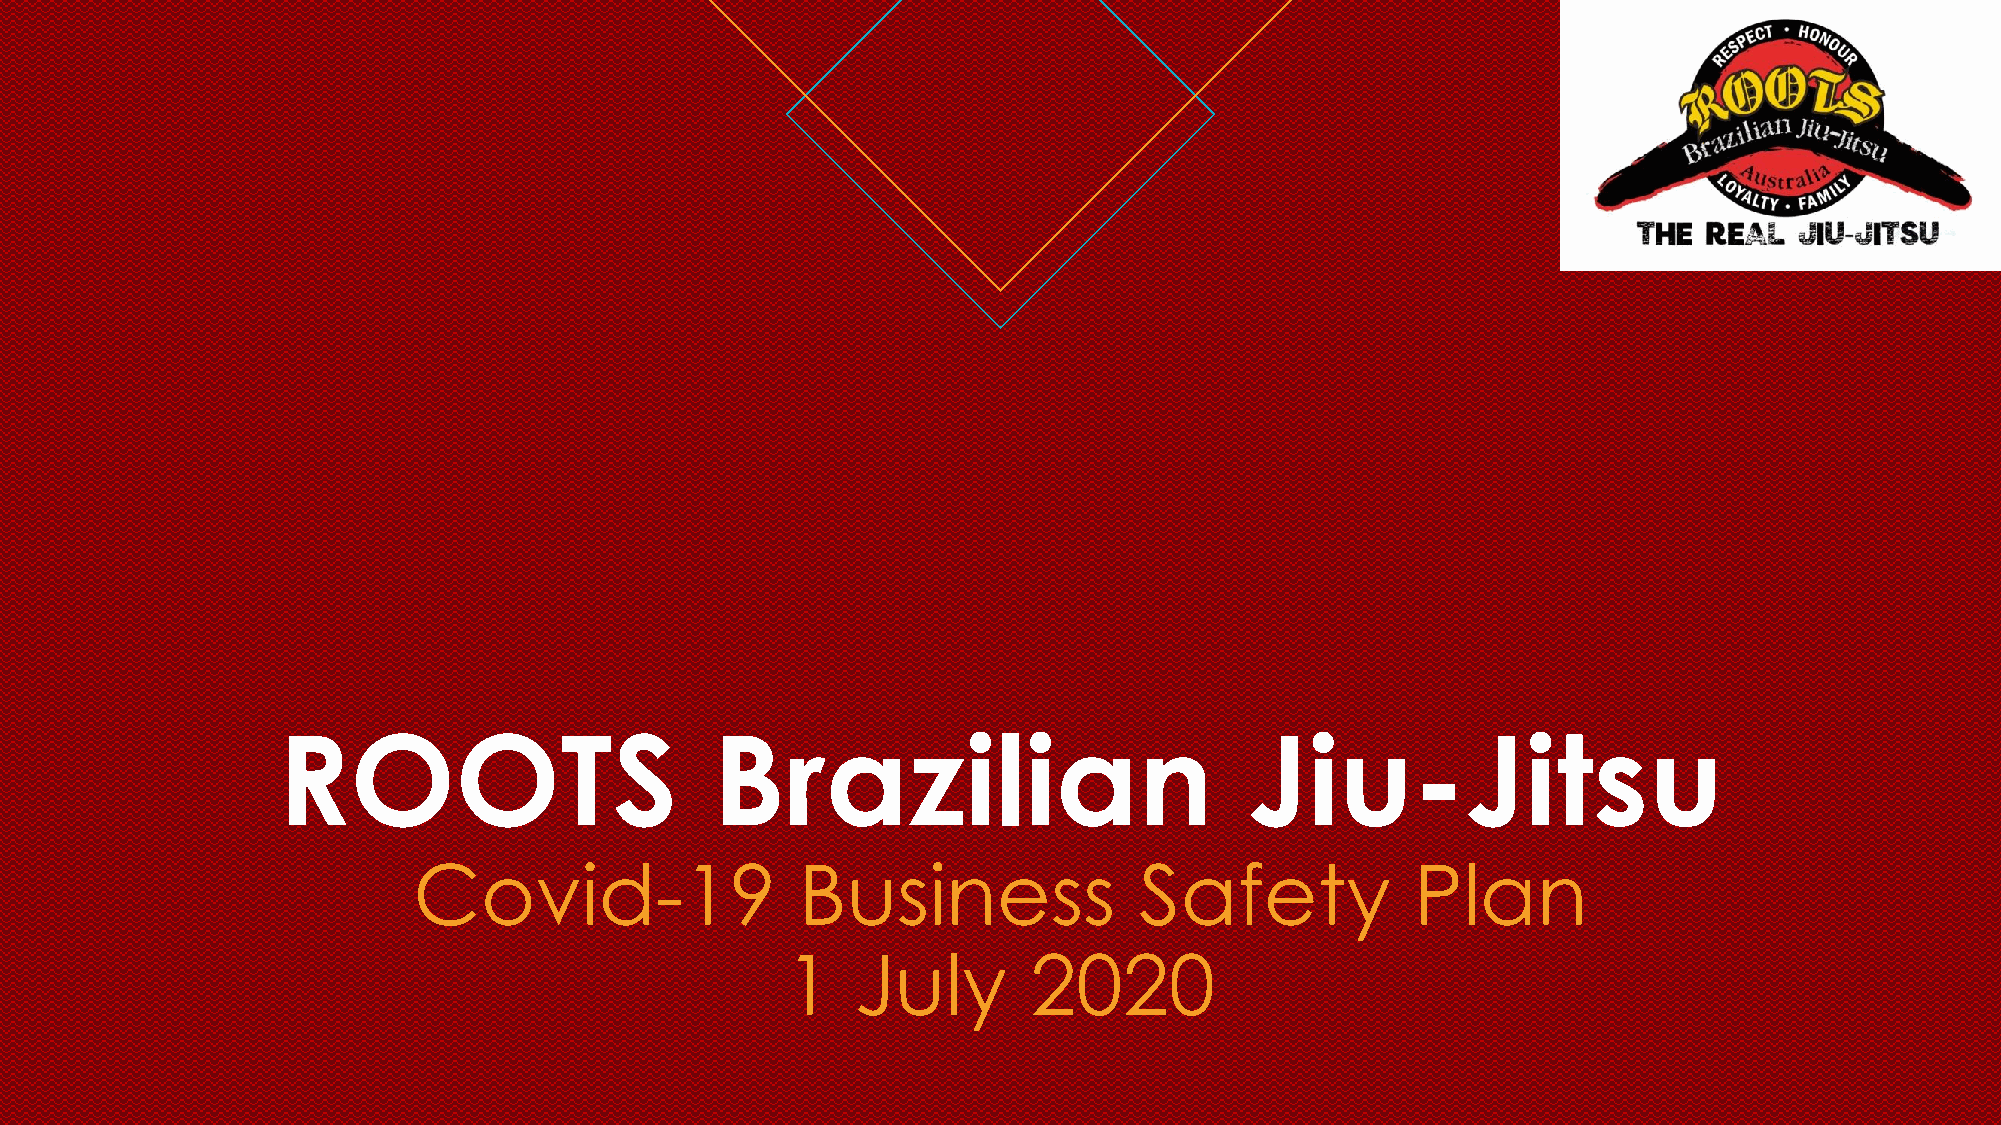
ROOTS                        Brazilian                           Jiu-Jitsu
 Covid-19                  Business              Safety             Plan
 1    July       2020